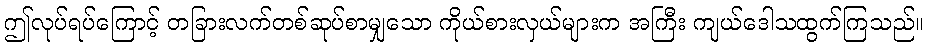
ဤလုပ်ရပ်ကြောင့် တခြားလက်တစ်ဆုပ်စာမျှသော ကိုယ်စားလှယ်များက အကြီး ကျယ်ဒေါသထွက်ကြသည်။